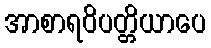
အာစာရဝိပတ္တိယာပေ